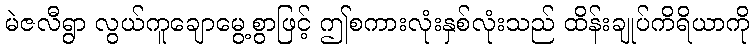
မဲဇလီရွာ လွယ်ကူချောမွေ့စွာဖြင့် ဤစကားလုံးနှစ်လုံးသည် ထိန်းချုပ်ကိရိယာကို